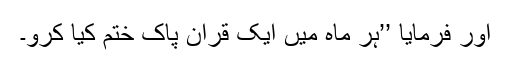
اور فرمایا ’’ہر ماہ میں ایک قرآنِ پاک ختم کیا کرو۔